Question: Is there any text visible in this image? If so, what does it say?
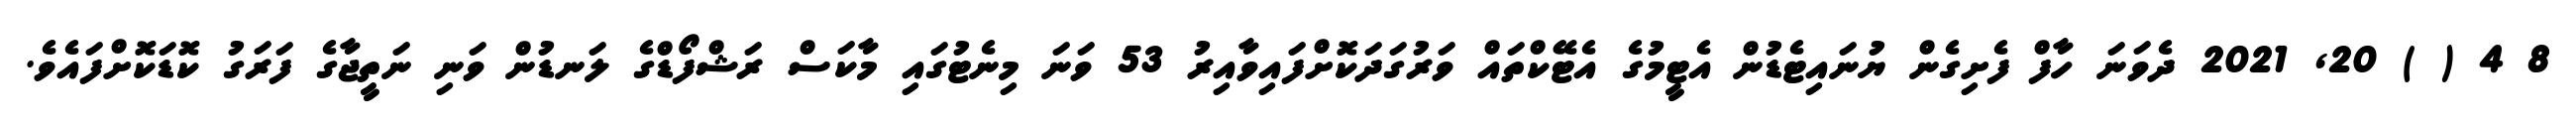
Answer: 8 4 ( ) 20, 2021 ދެވަނަ ހާފް ފެށިގެން ޔުނައިޓެޑުން އެޓީމުގެ އެޓޭކްތައް ވަރުގަދަކޮށްފައިވާއިރު 53 ވަނަ މިނެޓުގައި މާކަސް ރަޝްފޯޑްގެ ލަނޑުން ވަނި ނަތީޖާގެ ފަރަގު ކޮޑަކޮށްފައެވެ.